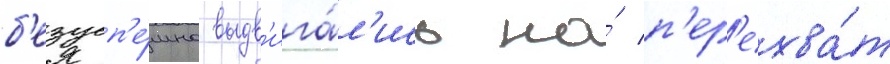
б'езусп'е́шно выдв'ига́л'ись на́ п'ер'ехва́т